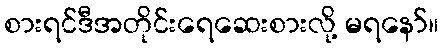
စားရင်ဒီအတိုင်းရေဆေးစားလို့ မရနော်။